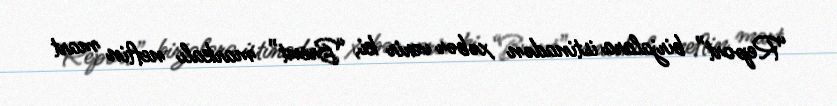
“Report” birjalara istinadən xəbər verir ki, “Brent” markalı neftin mart